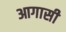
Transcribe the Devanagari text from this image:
आगासी